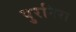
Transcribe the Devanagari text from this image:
पुरनिरा